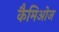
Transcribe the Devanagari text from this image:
कैमिओज